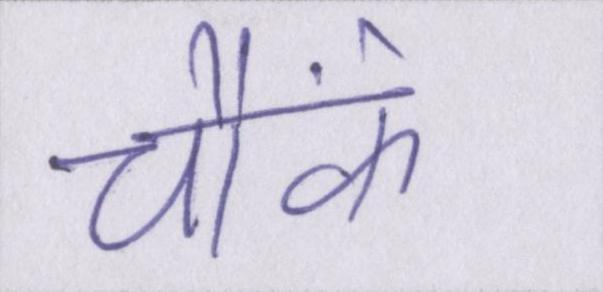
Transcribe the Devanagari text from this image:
चौंके